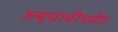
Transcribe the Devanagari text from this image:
अबुधाबीपर्यंत